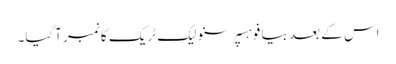
اس کے بعد بیا فو ہسپر سنو لیک ٹریک کا نمبر آگیا۔